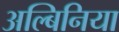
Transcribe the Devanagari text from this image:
अल्बिनिया